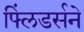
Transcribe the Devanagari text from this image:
फ्लिंडर्सने